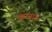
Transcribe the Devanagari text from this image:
करना।।